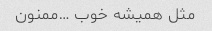
مثل همیشه خوب …ممنون